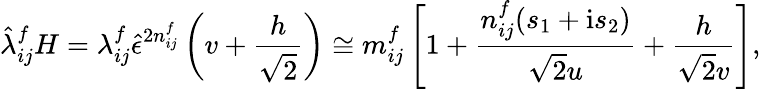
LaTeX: \hat{\lambda}_{ij}^{f}H=\lambda_{ij}^{f}\hat{\epsilon}^{2n_{ij}^{f}}\left(v+\frac{h}{\sqrt{2}}\right)\cong m_{ij}^{f}\left[1+\frac{n_{ij}^{f}(s_{1}+\mathrm{i}s_{2})}{\sqrt{2}u}+\frac{h}{\sqrt{2}v}\right],